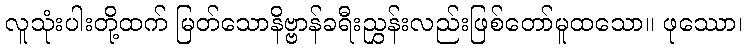
လူသုံးပါးတို့ထက် မြတ်သောနိဗ္ဗာန်ခရီးညွှန်းလည်းဖြစ်တော်မူထသော။ ဖုဿော၊